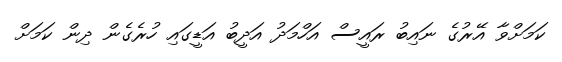
ކަމަށްވާ އޭރުގެ ނައިބު ރައީސް އަހްމަދު އަދީބު އަޑީގައި ހުރެގެން ދިން ކަމަށް